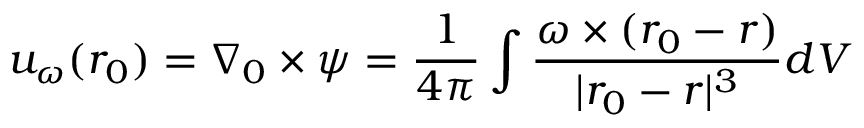
\boldsymbol { u _ { \omega } } ( \boldsymbol { r _ { 0 } } ) = \nabla _ { 0 } \times \boldsymbol { \psi } = \frac { 1 } { 4 \pi } \int \frac { \boldsymbol { \omega } \times ( \boldsymbol { r _ { 0 } } - \boldsymbol { r } ) } { | \boldsymbol { r _ { 0 } } - \boldsymbol { r } | ^ { 3 } } d V